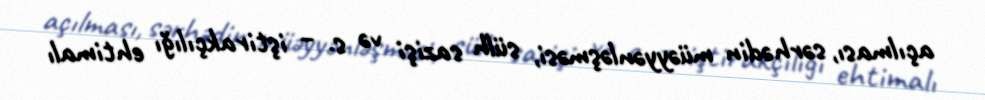
açılması, sərhədin müəyyənləşməsi, sülh sazişi və s. – iştirakçılığı ehtimalı